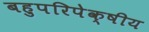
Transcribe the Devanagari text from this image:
बहुपरिपेक्षीय